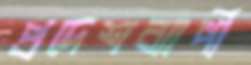
প্রদেশব্যাপী